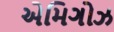
એમિગોઝ